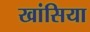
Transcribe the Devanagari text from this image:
खांसिया